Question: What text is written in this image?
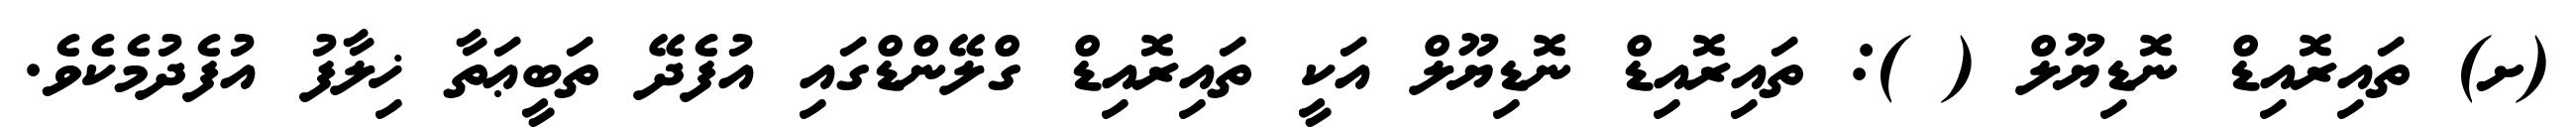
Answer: (ށ) ތައިރޮއިޑް ނޮޑިޔޫލް ( ): ތައިރޮއިޑް ނޮޑިޔޫލް އަކީ ތައިރޮއިޑް ގްލޭންޑްގައި އުފެދޭ ތަބީޢަތާ ޚިލާފު އުފެދުމެކެވެ.